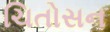
ચિતોસન